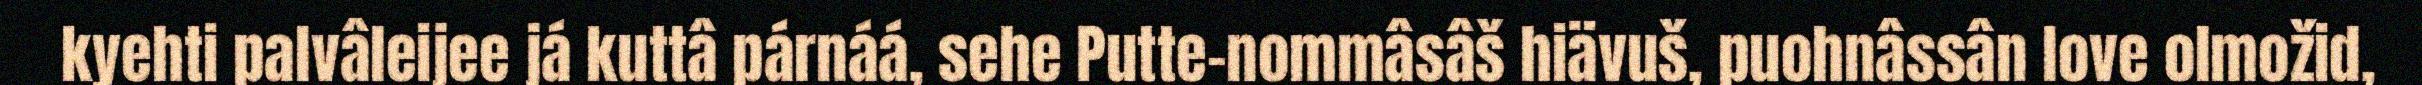
kyehti palvâleijee já kuttâ párnáá, sehe Putte-nommâsâš hiävuš, puohnâssân love olmožid,